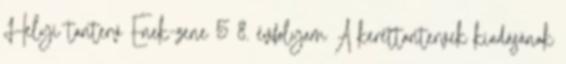
Helyi tanterv Ének-zene 5 8. évfolyam A kerettantervek kiadásának